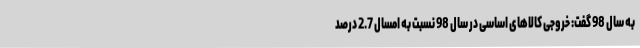
به سال 98 گفت: خروجی کالاهای اساسی در سال 98 نسبت به امسال 2.7 درصد